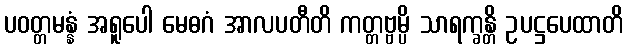
ပဝတ္တမန္နံ အရူပေါ မေဓဂံ အာလပတီတိ ကတ္တဗ္ဗမ္ပိ သာရက္ခန္တိ ဥပဋ္ဌပေထာတိ